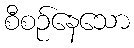
စီစဉ်နေသော